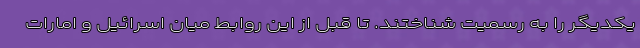
یکدیگر را به رسمیت شناختند. تا قبل از این روابط میان اسرائیل و امارات